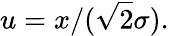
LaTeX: u=x/({\sqrt{2}}\sigma).